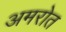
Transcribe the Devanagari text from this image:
अमरोत